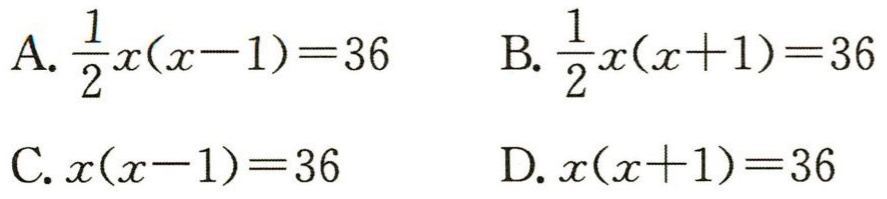
A. \(\frac{1}{2}x(x - 1)=36\)  B. \(\frac{1}{2}x(x + 1)=36\)
C. \(x(x - 1)=36\)  D. \(x(x + 1)=36\)